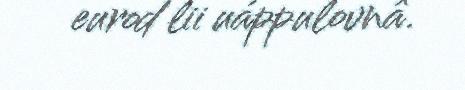
eurod lii uáppulovnâ.